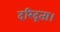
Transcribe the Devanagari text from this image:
दरिद्रता।